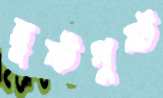
হূষ্টপুষ্ট